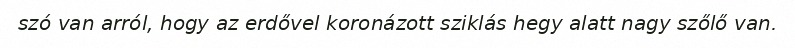
szó van arról, hogy az erdővel koronázott sziklás hegy alatt nagy szőlő van.